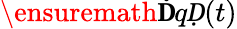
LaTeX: \ensuremath{\mathbf ḊqḌ}(t)